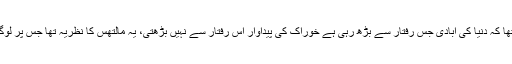
سن ستّر کی دہائی تک یہ سمجھا جاتا تھا کہ دنیا کی آبادی جس رفتار سے بڑھ رہی ہے خوراک کی پیداوار اُس رفتار سے نہیں بڑھتی، یہ مالتھس کا نظریہ تھا جس پر لوگو ں کو ایمان کی حد تک یقین تھا، ہے۔